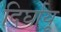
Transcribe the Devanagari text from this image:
दिर्घायू